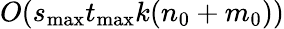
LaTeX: O(s_{\mathrm{max}}t_{\mathrm{max}}k(n_{0}+m_{0}))